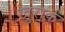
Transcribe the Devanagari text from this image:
ख़ुराक़